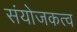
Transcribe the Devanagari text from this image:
संयोजकत्व